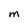
Character: M